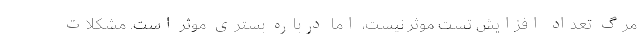
مرگ تعداد افزایش تست موثر نیست، اما درباره بستری موثر است. مشکلات